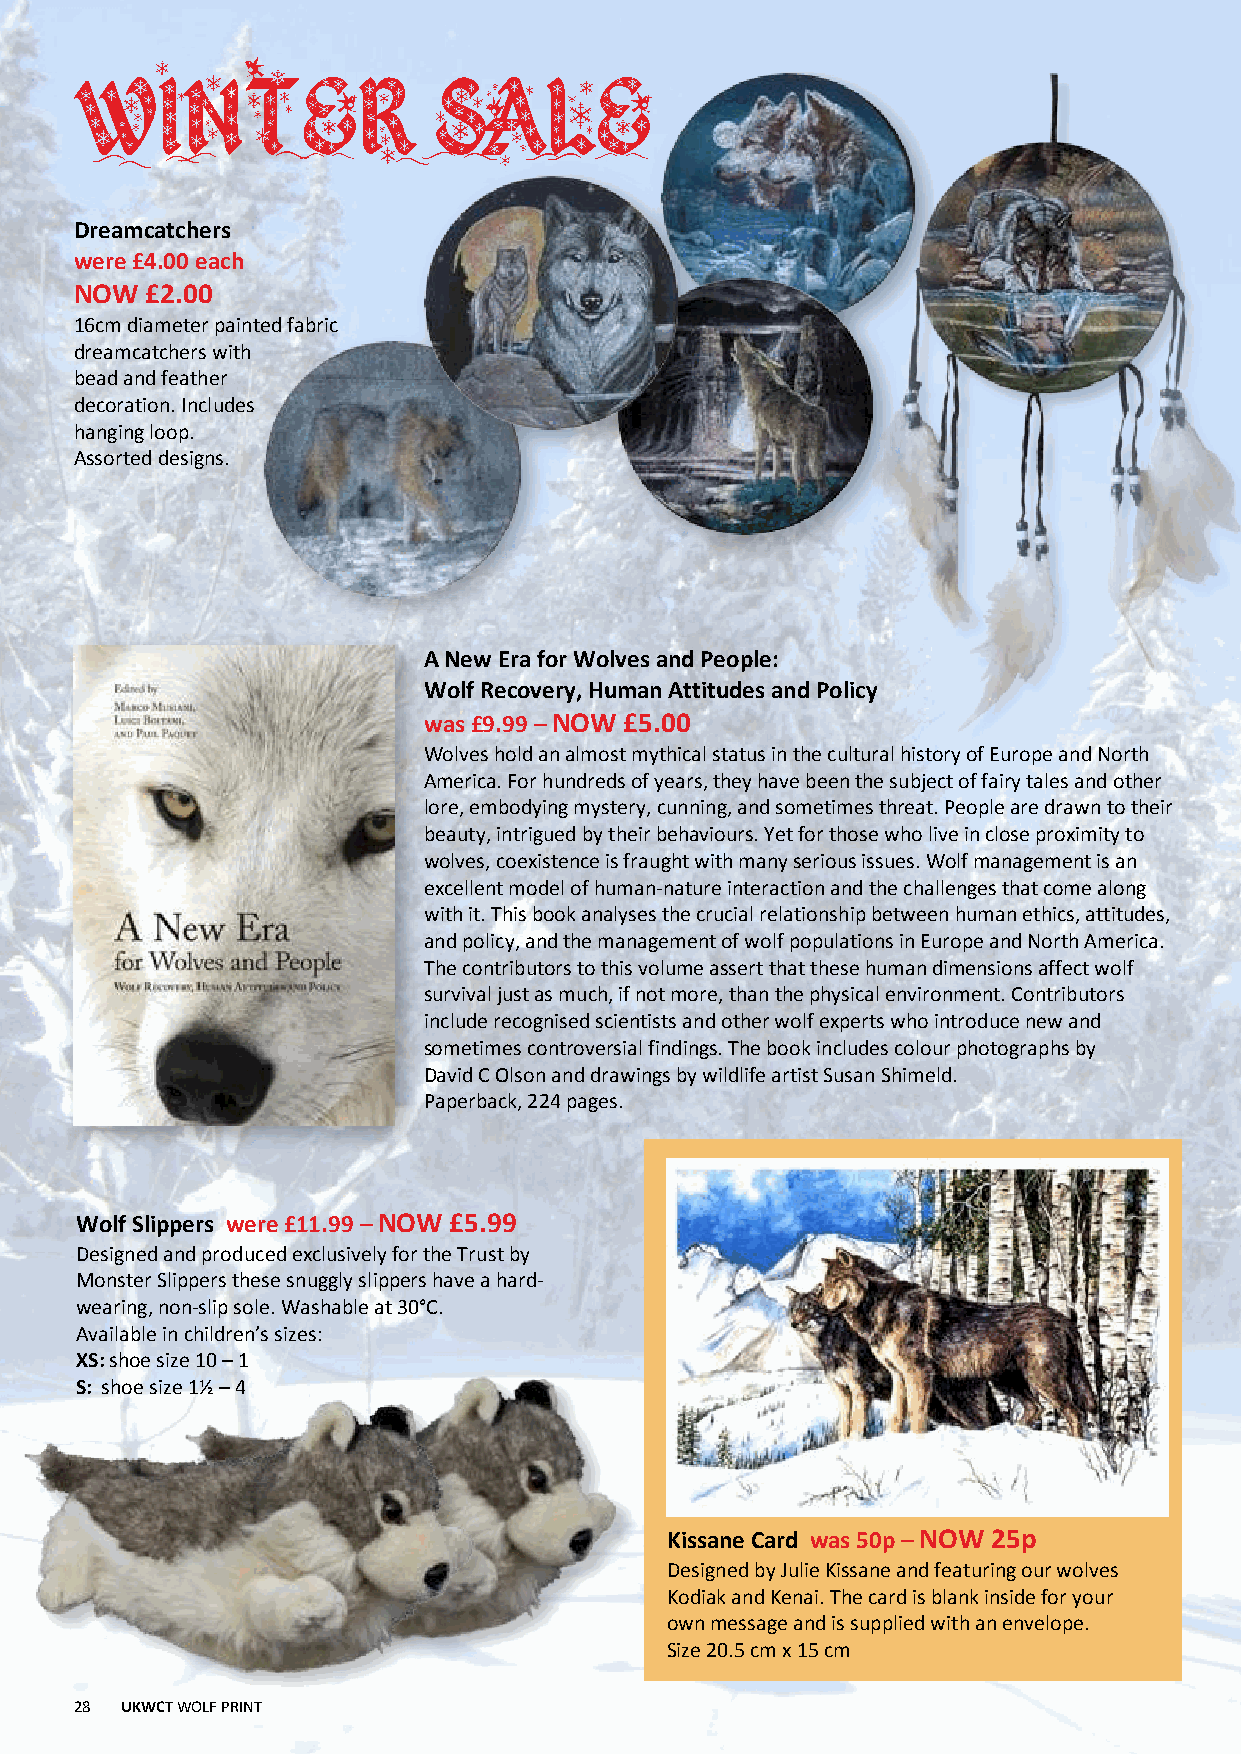
WINTER                  SALE
 Dreamcatchers
 were£4.00 each
 NOW  £2.00
 16cm diameter painted fabric
 dreamcatchers with
 bead and feather
 decoration. Includes
 hanging loop.
 Assorted designs.
 A New Era for Wolves and People:
 Wolf Recovery, Human Attitudes and Policy
 was£9.99 –NOW £5.00
 Wolves hold an almost mythical status in the cultural history of Europe and North
 America. For hundreds of years, they have been the subject of fairy tales and other
 lore, embodying mystery, cunning, and sometimes threat. People are drawn to their
 beauty, intrigued by their behaviours. Yet for those who live in close proximity to
 wolves, coexistence is fraught with many serious issues. Wolf management is an
 excellent model of human-nature interaction and the challenges that come along
 with it. This book analyses the crucial relationship between human ethics, attitudes,
 and policy, and the management of wolf populations in Europe and North America.
 The contributors to this volume assert that these human dimensions affect wolf
 survival just as much, if not more, than the physical environment. Contributors
 include recognised scientists and other wolf experts who introduce new and
 sometimes controversial findings. The book includes colour photographs by
 David C Olson and drawings by wildlife artist Susan Shimeld.
 Paperback, 224 pages.
 Wolf Slippers were£11.99 –NOW £5.99
 Designed and produced exclusively for the Trust by
 Monster Slippers these snuggly slippers have a hard-
 wearing, non-slip sole. Washable at 30°C.
 Available in children’s sizes:
 XS:shoe size 10 – 1
 S: shoe size 1½ – 4
 Kissane Card was 50p –NOW 25p
 Designed by Julie Kissane and featuring our wolves
 Kodiak and Kenai. The card is blank inside for your
 own message and is supplied with an envelope.
 Size 20.5 cm x 15 cm
 28 UKWCTWOLF PRINT